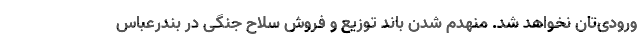
ورودی‌تان نخواهد شد. منهدم شدن باند توزیع و فروش سلاح جنگی در بندرعباس